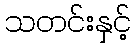
သတင်းနှင့်